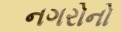
નગરોનો